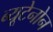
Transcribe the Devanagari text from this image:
ब्यूटेनोन